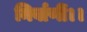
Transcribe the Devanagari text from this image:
निर्वाणीं।।